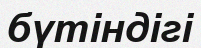
бүтіндігі